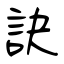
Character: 訣